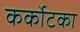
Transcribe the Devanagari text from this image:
कर्कोटका